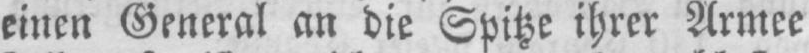
einen General an die Spitze ihrer Armee